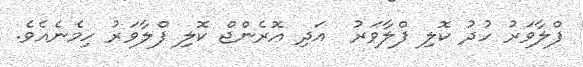
ފްލާވަރު ހުދު ކޮލި ފްލާވަރު  އަދި އޮރެންޖް ކޮލި ފްލާވަރު ހިމެނެއެވެ.